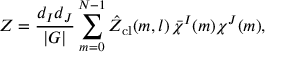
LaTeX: { \cal Z } = \frac { d _ { I } d _ { J } } { | G | } \sum _ { m = 0 } ^ { N - 1 } \hat { \cal Z } _ { \mathrm { c l } } ( m , l ) \thinspace \bar { \chi } ^ { I } ( m ) \chi ^ { J } ( m ) ,